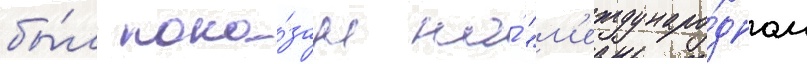
бы́л пока́зан на́ "м'еждунаро́дном